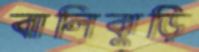
বালিঝুড়ি